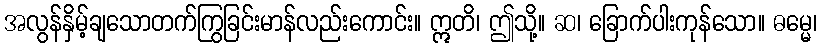
အလွန်နှိမ့်ချသောတက်ကြွခြင်းမာန်လည်းကောင်း။ ဣတိ၊ ဤသို့။ ဆ၊ ခြောက်ပါးကုန်သော။ ဓမ္မေ၊